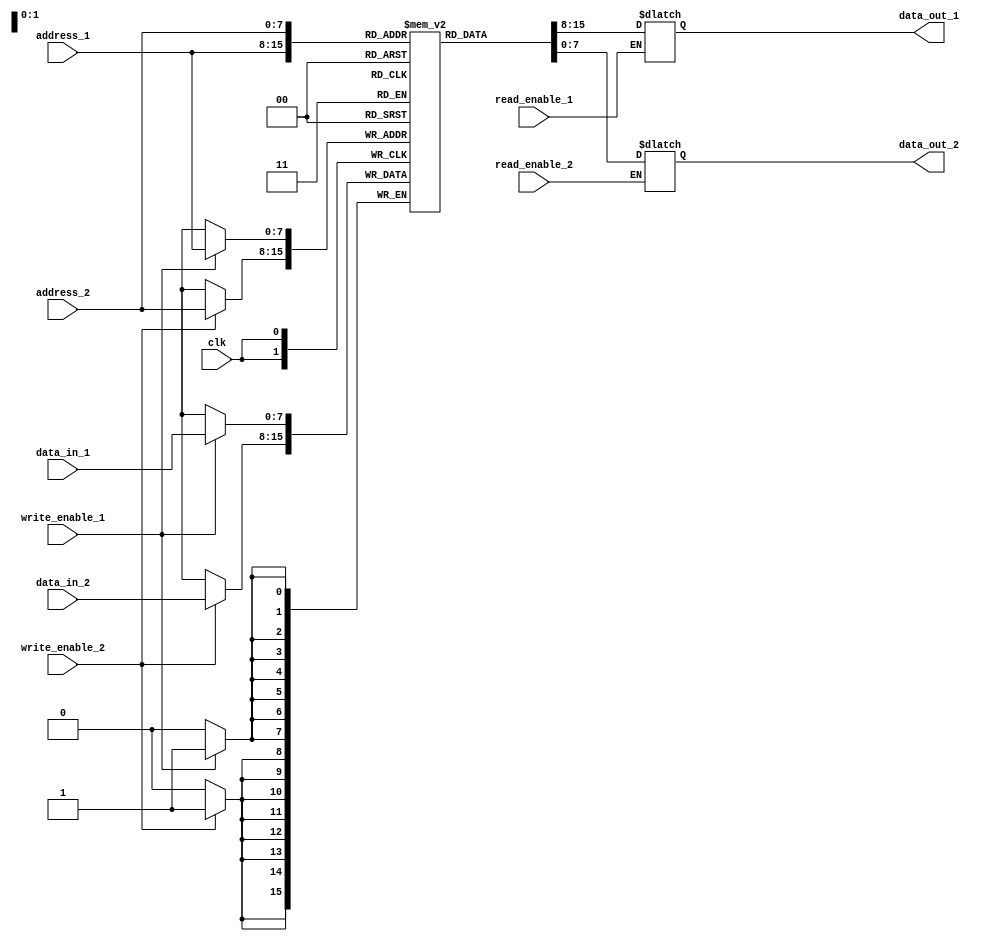
module dual_port_ram (
    input wire clk,
    input wire write_enable_1,
    input wire write_enable_2,
    input wire read_enable_1,
    input wire read_enable_2,
    input wire [7:0] address_1,
    input wire [7:0] address_2,
    input wire [7:0] data_in_1,
    input wire [7:0] data_in_2,
    output reg [7:0] data_out_1,
    output reg [7:0] data_out_2
);

reg [7:0] memory [0:255]; // Memory cells organized in a sequential logic block

always @(posedge clk) begin
    if(write_enable_1)
        memory[address_1] <= data_in_1;
    if(write_enable_2)
        memory[address_2] <= data_in_2;
end

always @* begin
    if(read_enable_1)
        data_out_1 <= memory[address_1];
    if(read_enable_2)
        data_out_2 <= memory[address_2];
end

endmodule